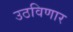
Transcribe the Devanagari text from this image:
उठविणार